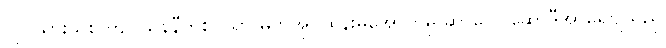
လုပ်သားသစ် ကျပ်သွန်နီတစ်ပိသာ မိဘအုပ်ထိန်းမှုအောက်မှ ဆာလေ ဆော်ဒီအာရေဗျသည်